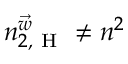
n _ { 2 , \mathrm { ~ H ~ } } ^ { \vec { w } } \neq n ^ { 2 }